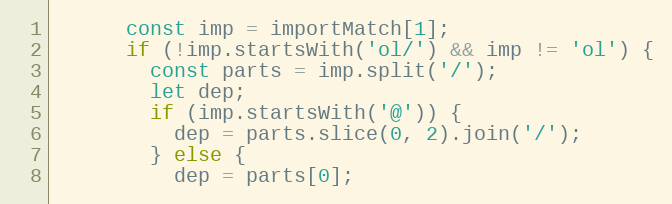
Language: JavaScript
      const imp = importMatch[1];
      if (!imp.startsWith('ol/') && imp != 'ol') {
        const parts = imp.split('/');
        let dep;
        if (imp.startsWith('@')) {
          dep = parts.slice(0, 2).join('/');
        } else {
          dep = parts[0];